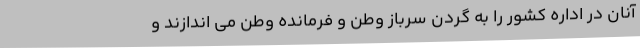
آنان در اداره کشور را به گردن سرباز وطن و فرمانده وطن می اندازند و